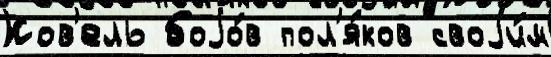
Ков'ель боjо́в пол'я́ков своjи́м